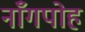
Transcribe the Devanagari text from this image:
नाँगपोह